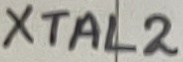
Text: XTAL2